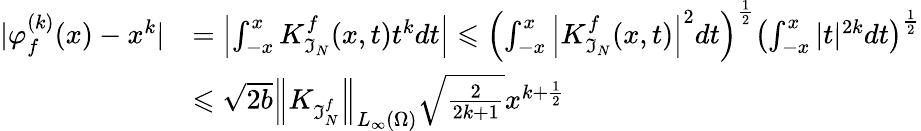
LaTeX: \begin{array}{rl}{|\varphi_{f}^{(k)}(x)-x^{k}|}&{=\left|\int_{-x}^{x}K_{\mathfrak{I}_{N}}^{f}(x,t)t^{k}dt\right|\leqslant\left(\int_{-x}^{x}\left|K_{\mathfrak{I}_{N}}^{f}(x,t)\right|^{2}dt\right)^{\frac{1}{2}}\left(\int_{-x}^{x}|t|^{2k}dt\right)^{\frac{1}{2}}}\\ &{\leqslant\sqrt{2b}\left\| K_{\mathfrak{I}_{N}^{f}}\right\| _{L_{\infty}(\Omega)}\sqrt{\frac{2}{2k+1}}x^{k+\frac{1}{2}}}\end{array}